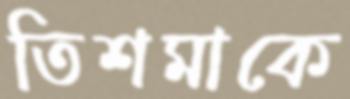
তিশমাকে